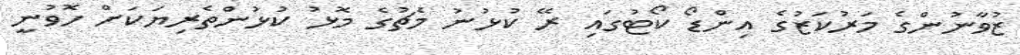
ޒުވާނުންގެ މަރުކަޒުގެ އިންޑޯ ކޯޓުގައި ރޭ ކުޅުނު މެޗުގެ މޮޅު ކުޅުންތެރިޔަކަށް ހޮވުނީ